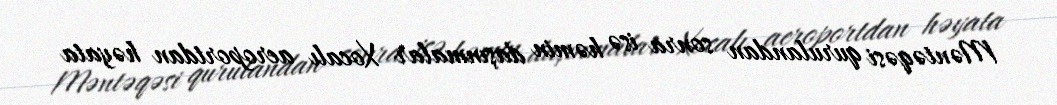
Məntəqəsi qurulandan sonra isə həmin daşınmalar Xocalı aeroportdan həyata